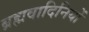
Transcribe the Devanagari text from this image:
ब्रह्मवादिनियों